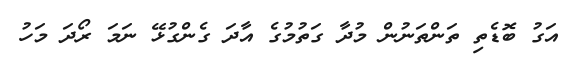
އަގު ބޮޑެތި ތަންތަނުން މުދާ ގަތުމުގެ އާދަ ގެންގުޅޭ ނަމަ ރޯދަ މަހު